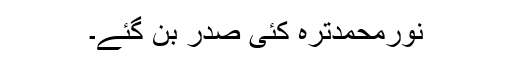
نورمحمدترہ کئی صدر بن گئے۔